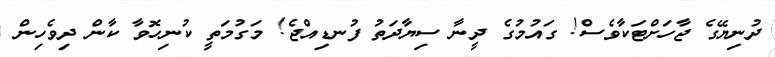
ދުނިޔޭގެ ޖާހަށްޓަކާވެސް! ގައުމުގެ ދީނާ ސިޔާދަތު ފުނޑިއްޖެ! މަގުމަތީ ކުނިހޮވާ ކާން ދިވެހިން